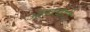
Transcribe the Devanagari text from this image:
आश्चर्यही